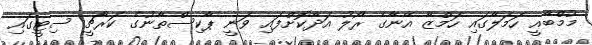
މުމްބާއީ ހަމަލާގައި ހަމްޒާ އޭނާގެ ރޯލު އަދާކޮށްފައި ވަނީ ޕާކިސްތާނުގެ ކަރާޗީ ސިޓީގައި